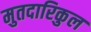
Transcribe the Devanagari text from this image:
मुतदारिकुल